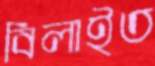
বিলাইত